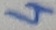
Text: 4